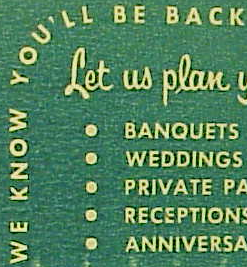
WE KNOW YOU'LL BE BACK